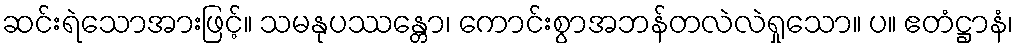
ဆင်းရဲသောအားဖြင့်။ သမနုပဿန္တော၊ ကောင်းစွာအဘန်တလဲလဲရှုသော။ ပ။ ဧတံဋ္ဌာနံ၊